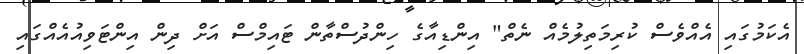
އެކަމުގައި އެއްވެސް ކުރިމަތިލުމެއް ނެތް" އިންޑިއާގެ ހިންދުސްތާން ޓައިމްސް އަށް ދިން އިންޓަވިއުއެއްގައި